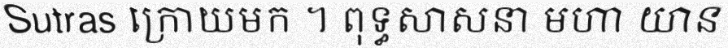
Sutras ក្រោយមក ។ ពុទ្ធសាសនា មហា យាន